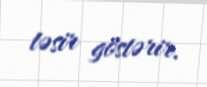
təsir göstərir.